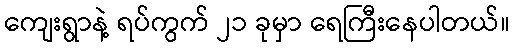
ကျေးရွာနဲ့ ရပ်ကွက် ၂၁ ခုမှာ ရေကြီးနေပါတယ်။